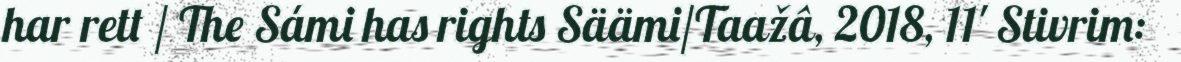
har rett / The Sámi has rights Säämi/Taažâ, 2018, 11' Stivrim: